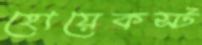
হোয়েকস্ট